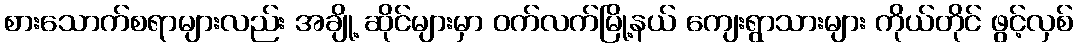
စားသောက်စရာများလည်း အချို့ ဆိုင်များမှာ ဝက်လက်မြို့နယ် ကျေးရွာသားများ ကိုယ်တိုင် ဖွင့်လှစ်